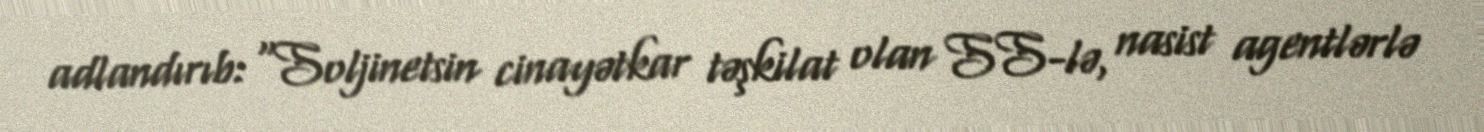
adlandırıb: "Soljinetsin cinayətkar təşkilat olan SS-lə, nasist agentlərlə